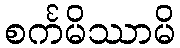
စင်္ကမိဿာမိ